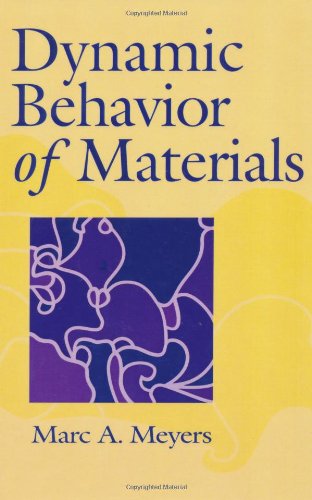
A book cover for Dynamic Behavior of Materials; Marc AndrÃ© Meyers; Science & Math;